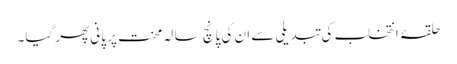
حلقۂ انتخاب کی تبدیلی سے ان کی پانچ سا لہ محنت پر پانی پھر گیا۔